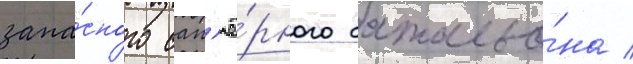
запа́сного сап'ё́рного батальо́на /